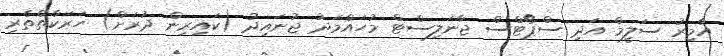
އާމިރު ސަލީމް އަދި ސްޕޯޓްސް ޖާނަލިސްޓް މުހައްމަދު ޖުނައިދު (ކައިރިން ދުރަށް) ހަރަކާތްތެރި